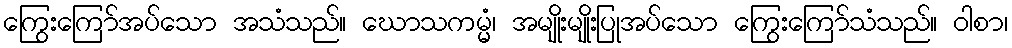
ကြွေးကြော်အပ်သော အသံသည်။ ဃောသကမ္မံ၊ အမျိုးမျိုးပြုအပ်သော ကြွေးကြော်သံသည်။ ဝါစာ၊